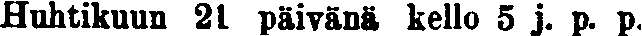
Huhtikuun 21 päivänä kello 5 j. p. p.